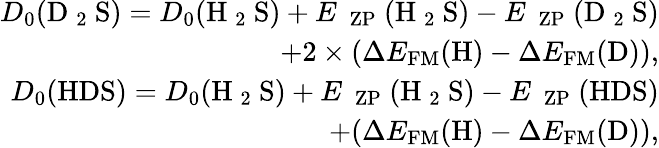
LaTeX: \begin{array}{r}{D_{0}(\mathrm{D~_2~S})=D_{0}(\mathrm{H~_2~S})+E\mathrm{~_\mathrm{~ZP}~(H~_2~S)}-E\mathrm{~_\mathrm{~ZP}~(D~_2~S)}}\\ {+2\times(\Delta E_{\mathrm{FM}}(\mathrm{H})-\Delta E_{\mathrm{FM}}(\mathrm{D})),}\\ {D_{0}(\mathrm{HDS})=D_{0}(\mathrm{H~_2~S})+E\mathrm{~_\mathrm{~ZP}~(H~_2~S)}-E\mathrm{~_\mathrm{~ZP}~(HDS)}}\\ {+(\Delta E_{\mathrm{FM}}(\mathrm{H})-\Delta E_{\mathrm{FM}}(\mathrm{D})),}\end{array}